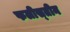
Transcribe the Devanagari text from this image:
फलीस्‍तीन